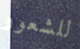
للشعور